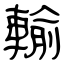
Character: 輸